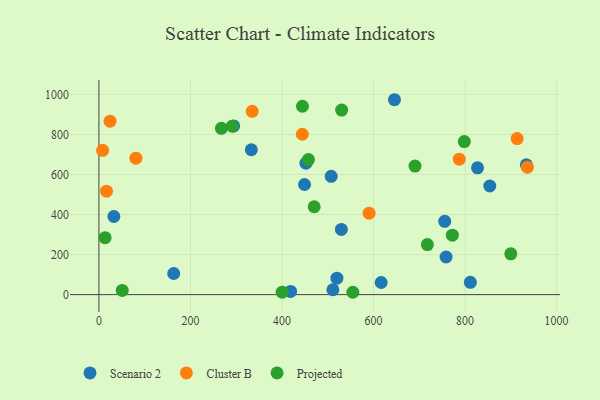
{"axis": {"x": "Investment", "y": "Profit"}, "legend": ["Cluster B", "Projected", "Scenario 2"], "data": [{"x": "755.5", "y": 366.1, "type": "Scenario 2"}, {"x": "452.3", "y": 656.2, "type": "Scenario 2"}, {"x": "507.5", "y": 590.7, "type": "Scenario 2"}, {"x": "645.7", "y": 973.3, "type": "Scenario 2"}, {"x": "758.5", "y": 187.8, "type": "Scenario 2"}, {"x": "529.7", "y": 325.8, "type": "Scenario 2"}, {"x": "333.0", "y": 723.5, "type": "Scenario 2"}, {"x": "616.7", "y": 60.6, "type": "Scenario 2"}, {"x": "418.8", "y": 16.1, "type": "Scenario 2"}, {"x": "32.7", "y": 390.1, "type": "Scenario 2"}, {"x": "827.2", "y": 633.4, "type": "Scenario 2"}, {"x": "449.2", "y": 550.0, "type": "Scenario 2"}, {"x": "933.9", "y": 648.4, "type": "Scenario 2"}, {"x": "511.2", "y": 24.4, "type": "Scenario 2"}, {"x": "811.5", "y": 61.5, "type": "Scenario 2"}, {"x": "520.0", "y": 82.1, "type": "Scenario 2"}, {"x": "294.4", "y": 842.3, "type": "Scenario 2"}, {"x": "854.0", "y": 542.4, "type": "Scenario 2"}, {"x": "163.4", "y": 105.5, "type": "Scenario 2"}, {"x": "444.4", "y": 801.0, "type": "Cluster B"}, {"x": "16.6", "y": 516.4, "type": "Cluster B"}, {"x": "24.3", "y": 866.3, "type": "Cluster B"}, {"x": "787.3", "y": 676.2, "type": "Cluster B"}, {"x": "334.9", "y": 915.4, "type": "Cluster B"}, {"x": "8.1", "y": 720.4, "type": "Cluster B"}, {"x": "936.1", "y": 636.3, "type": "Cluster B"}, {"x": "913.8", "y": 779.4, "type": "Cluster B"}, {"x": "80.8", "y": 681.2, "type": "Cluster B"}, {"x": "590.3", "y": 406.6, "type": "Cluster B"}, {"x": "798.3", "y": 764.3, "type": "Projected"}, {"x": "717.6", "y": 250.1, "type": "Projected"}, {"x": "470.3", "y": 438.9, "type": "Projected"}, {"x": "457.7", "y": 674.5, "type": "Projected"}, {"x": "400.4", "y": 12.1, "type": "Projected"}, {"x": "690.6", "y": 642.0, "type": "Projected"}, {"x": "444.7", "y": 940.7, "type": "Projected"}, {"x": "554.8", "y": 11.7, "type": "Projected"}, {"x": "13.5", "y": 284.3, "type": "Projected"}, {"x": "51.0", "y": 20.9, "type": "Projected"}, {"x": "267.6", "y": 830.6, "type": "Projected"}, {"x": "291.3", "y": 841.3, "type": "Projected"}, {"x": "530.3", "y": 921.5, "type": "Projected"}, {"x": "899.9", "y": 203.5, "type": "Projected"}, {"x": "772.2", "y": 296.7, "type": "Projected"}]}